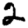
Digit: 2